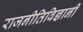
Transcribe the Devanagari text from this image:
राजनीतिविज्ञानी